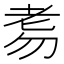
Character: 𦒸